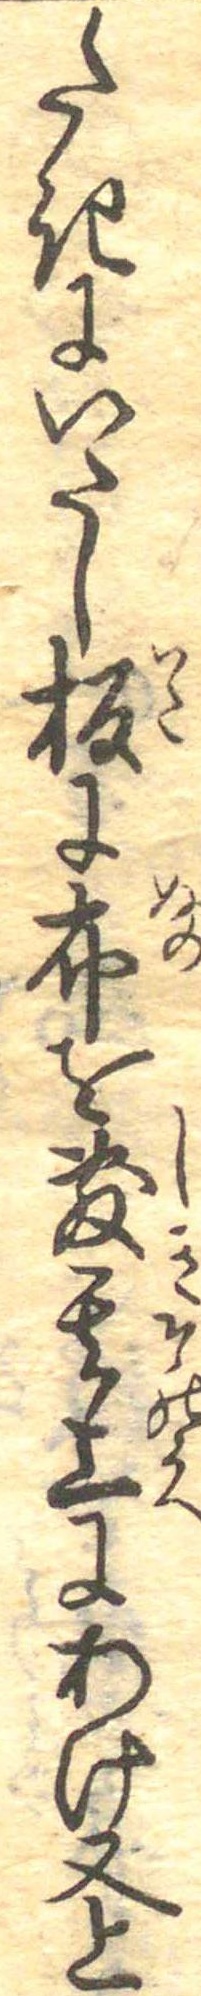
たきにいたし板に布を敷其上にあけ又上